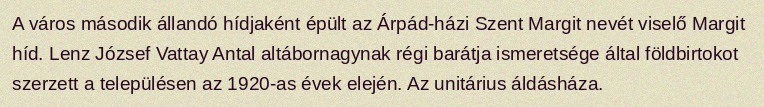
A város második állandó hídjaként épült az Árpád-házi Szent Margit nevét viselő Margit híd. Lenz József Vattay Antal altábornagynak régi barátja ismeretsége által földbirtokot szerzett a településen az 1920-as évek elején. Az unitárius áldásháza.